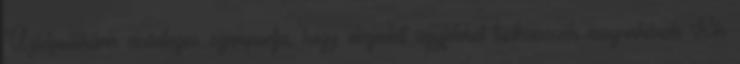
Üzletpolitikánk elsődleges szempontja, hogy elégedett ügyfeleket tudhassunk magunkénak Kik